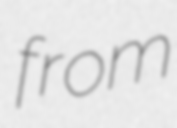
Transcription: from